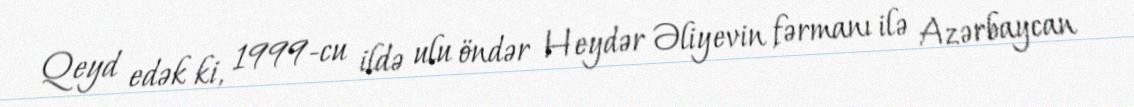
Qeyd edək ki, 1999-cu ildə ulu öndər Heydər Əliyevin fərmanı ilə Azərbaycan